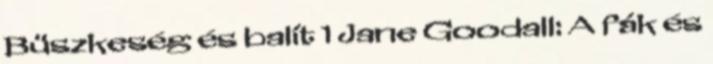
Büszkeség és balít 1 Jane Goodall: A fák és